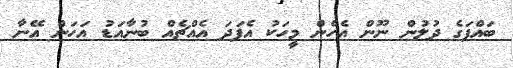
ބައްޕަގެ ދުލުން ނޫން އެހެން މީހަކު އެފަދަ އެއްޗެއް ބުނާއަޑު އަހަން އޭނާ